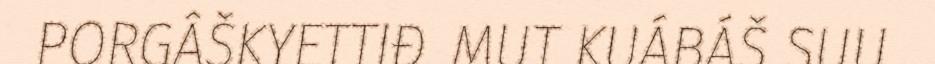
PORGÂŠKYETTIĐ. MUT KUÁBÁŠ SUU